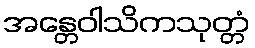
အန္တေဝါသိကသုတ္တံ